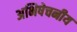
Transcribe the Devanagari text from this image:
अभिषेचनीय